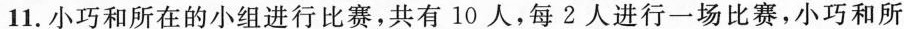
11.小巧和所在的小组进行比赛，共有10人，每2人进行一场比赛，小巧和所